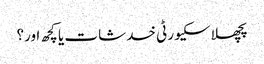
پچھلا سکیورٹی خدشات یا کچھ اور؟